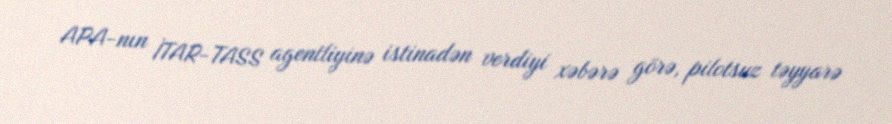
APA-nın İTAR-TASS agentliyinə istinadən verdiyi xəbərə görə, pilotsuz təyyarə